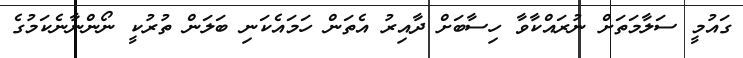
ގައުމީ ސަލާމަތަށް ނުރައްކާވާ ހިސާބަށް ދާއިރު އެތަން ހަމައެކަނި ބަލަން ތުުރުކީ ނޯންނާނެކަމުގެ